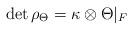
LaTeX: \begin{align*} \det \rho_{\Theta} = \kappa\otimes \Theta|_F \end{align*}